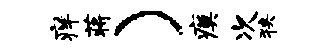
痒蒋）瘼次狭